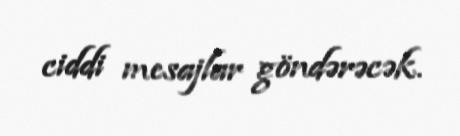
ciddi mesajlar göndərəcək.